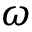
\omega